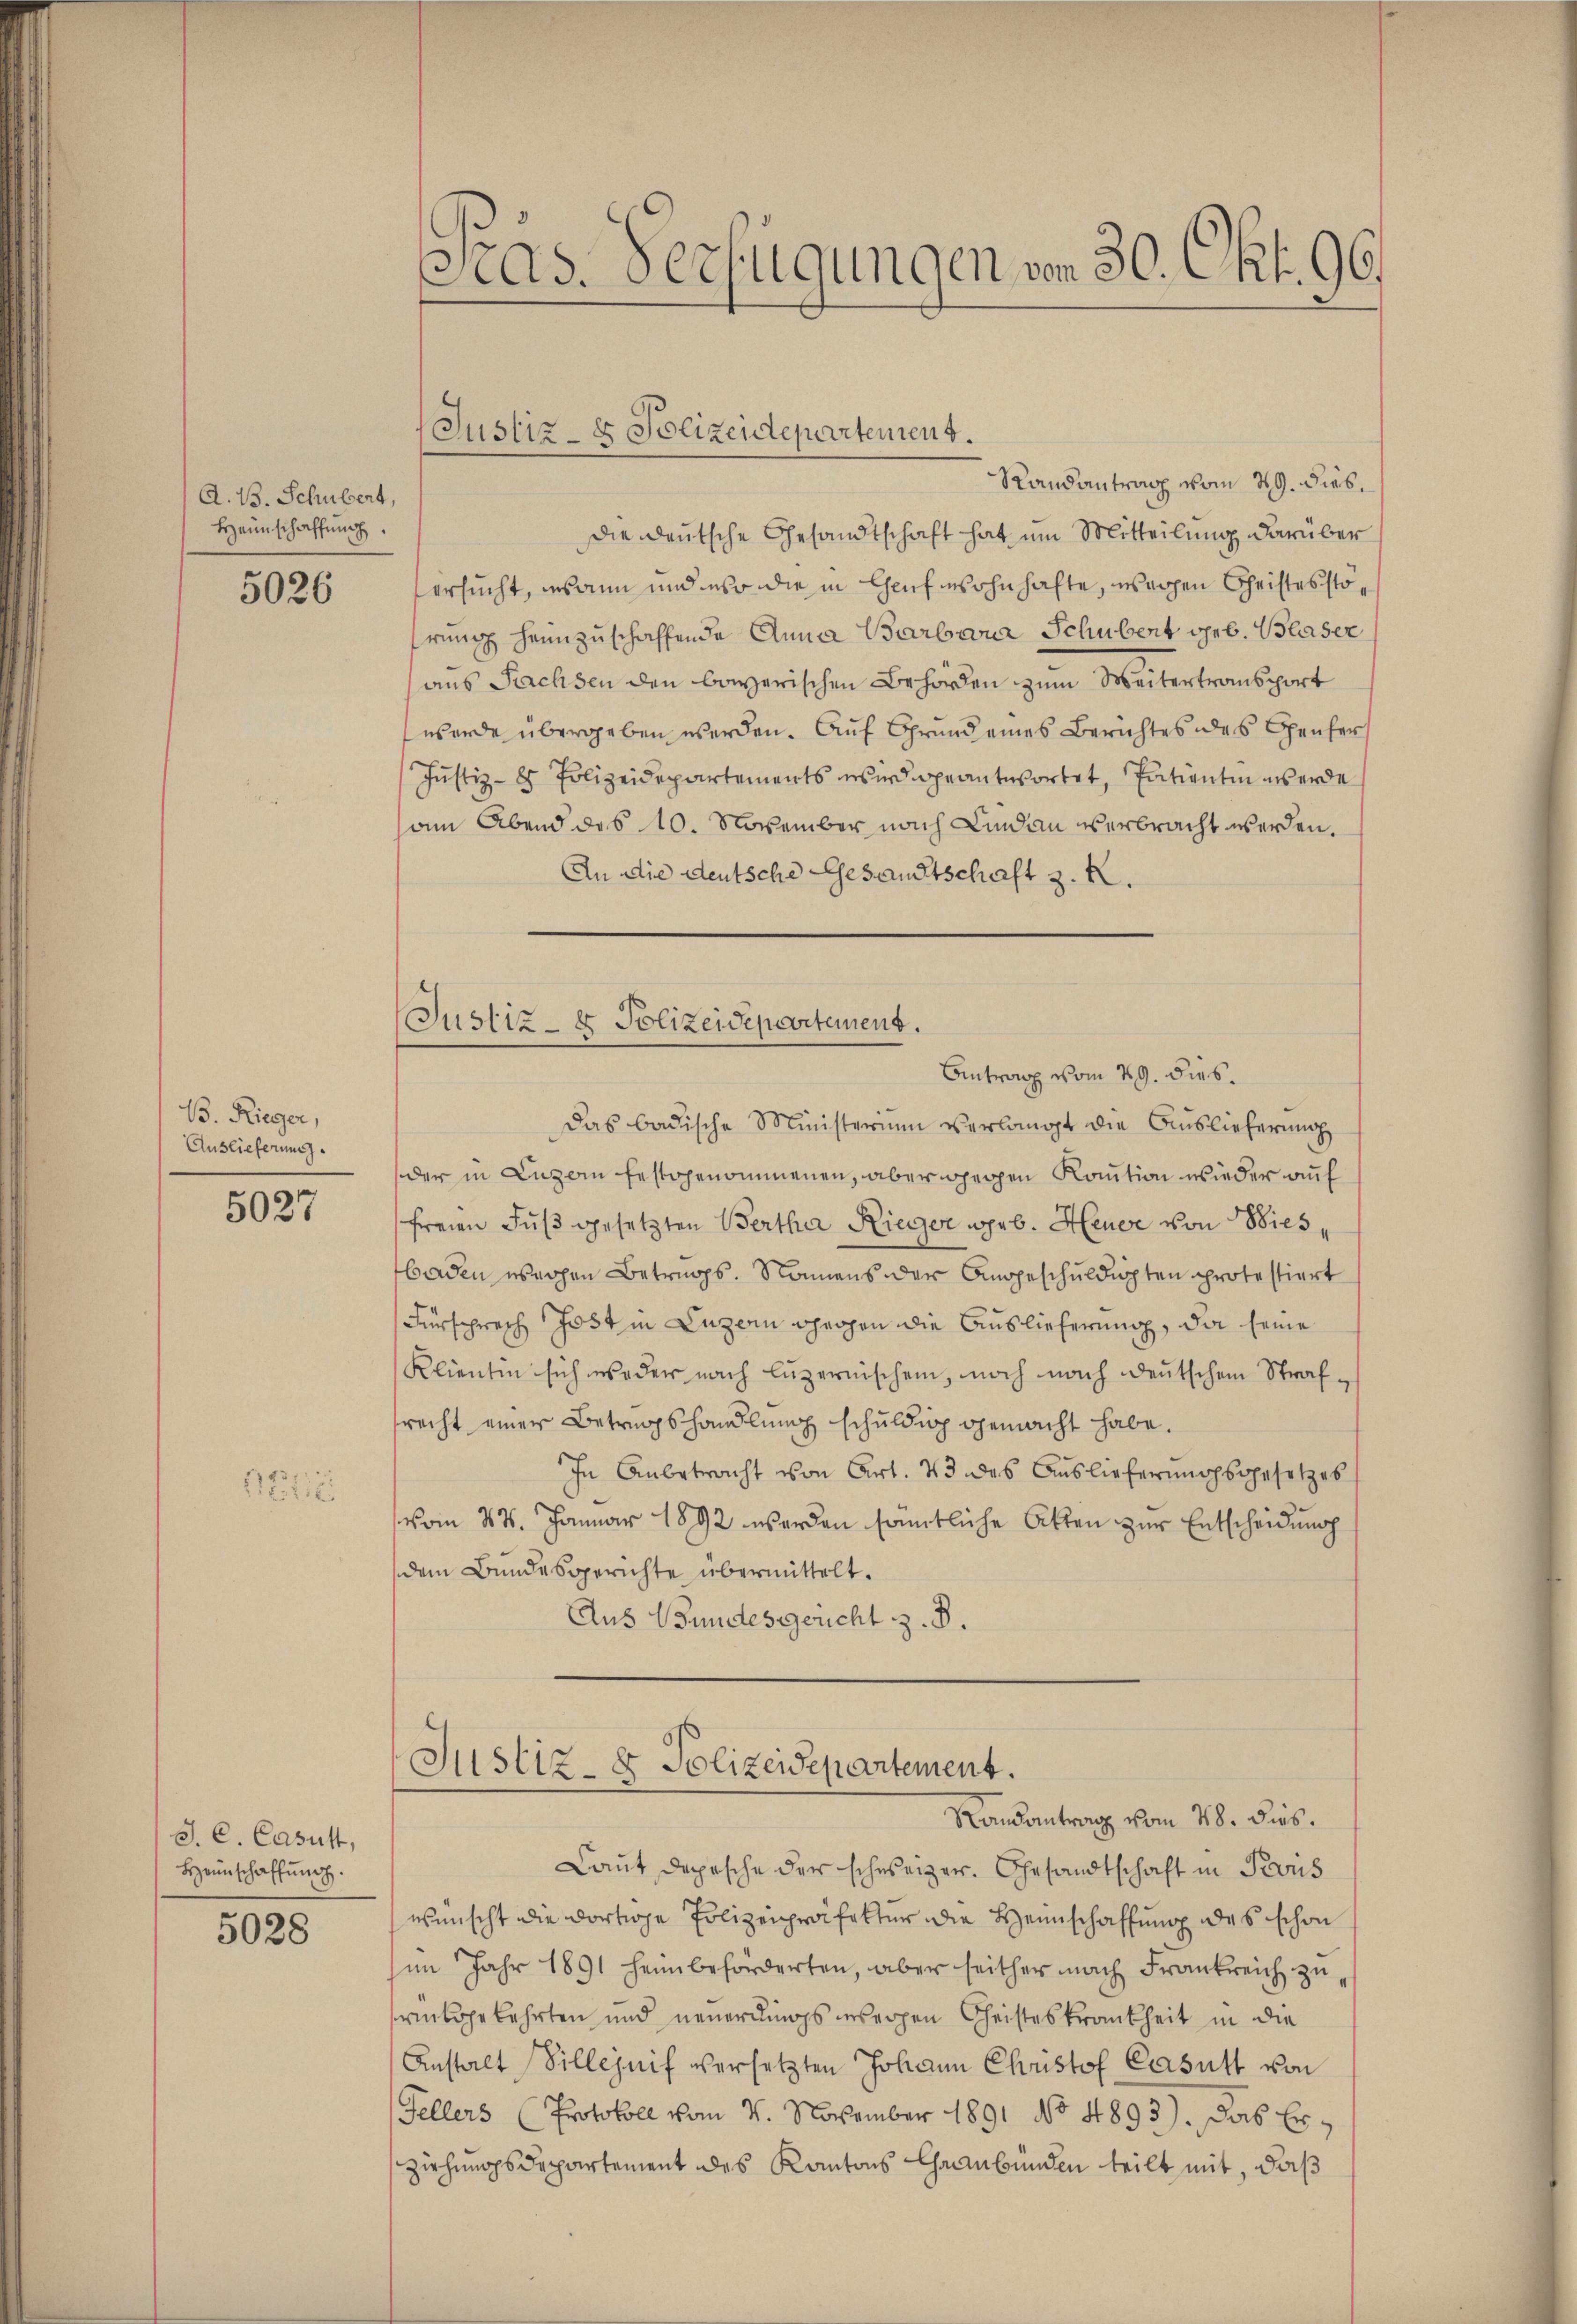
A. B. Schubert,
Heimschaffung

5026

B. Rieger,
Auslieferung

5027

1 Petiti

S. C. Casust,
Heimschaffung.

5028

as. Verfügungen vom 30. Okt. 96.

Randantrag vom 29. dies
die deutsche Gesandtschaft hat um Mitteilung darüber
ersucht, wann und er die in Chaufwohnhafte, welchen Geistesstörung heimzuschaffende Anna Barbene Schubert geb. Blaser
aus Sachsen den bayerischen Behörden zum Weitertransport
werde übergeben werden. Auf Grund eines Berichtes des Genfer
Justiz-8 Polizeidepartements wird geantwortet, Patienten werde
am Abend des 10. November nach Lindau verbracht werden.
An die deutsche Gesandtschaft z. B.
Das badische Ministerium verlangt die Auslieferung
der in Luzern festgenommenen, aber gegen Kaution wieder auf
freien Fuß gesetzten Bertha Rieger geb. Heuer von Wies,
baden sehen Betrags. Namens der Angeschuldigten protestiert
Fürsprech Jost in Luzern beigen die Auslieferung, da seine
Klientin sich weder nach Luzernischen, noch nach deutschen Strafsrecht einer Betrugshandlung schuldig gemacht habe.
In Anbetracht von Art. 43 des Auslieferungsgesetzes
vom 27. Januar 1892 werden sämtliche Akten zur Entscheidung
dem Bundesgerichte übermittelt.
Aus Bundesgericht z. B.

Justiz- & Polizendepartement.

Justiz- & Polizeidepartement.
Antrag vom 29. dies.

Justiz- & Polizeidepartement.
Randantrag vom 28. dies.

Laut Depesche der schweizer. Gesandtschaft in Paris
wünscht die dortige Polizeipräfektur die Heimschaffung des schon
im Jahr 1891 heim beforderten, aber seither nach Frankreich zusrükgekehrten und neuerdings wegen Christeskrankheit in die
Anstalt Villeznif versetzten Johann Christof Casutt von
Fellers (Protokoll vom 4. November 1891 No 4893). Das Erziehungs Departement des Kantons Graubünden teilt mit, daß